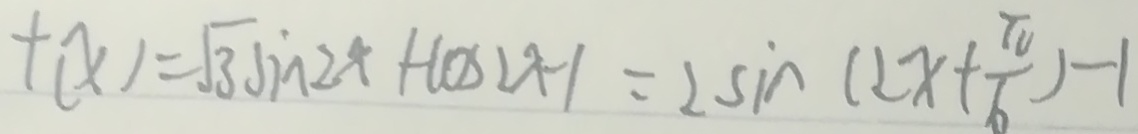
f ( x ) = \sqrt { 3 } \sin 2 x + \cos 2 x - 1 = 2 \sin ( 2 x + \frac { \pi } { 6 } ) - 1